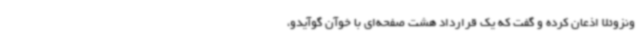
ونزوئلا اذعان کرده و گفت که یک قرارداد هشت صفحه‌ای با خوآن گوآیدو،